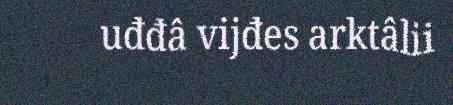
uđđâ vijđes arktâlii